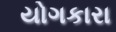
યોગકારા